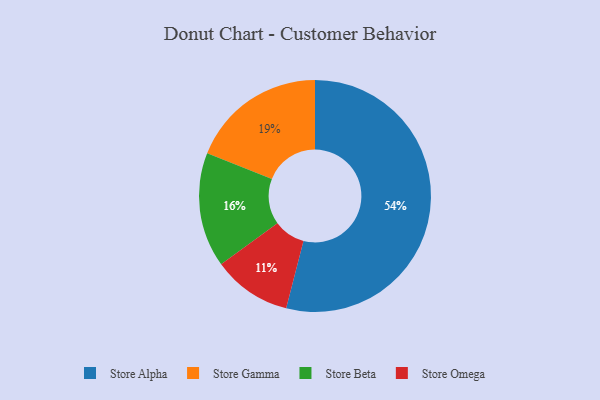
{"axis": {"x": "Category", "y": "Percentage"}, "legend": ["Store Alpha", "Store Beta", "Store Gamma", "Store Omega"], "data": [{"x": "Store Omega", "y": 11, "type": "Store Omega"}, {"x": "Store Alpha", "y": 54, "type": "Store Alpha"}, {"x": "Store Beta", "y": 16, "type": "Store Beta"}, {"x": "Store Gamma", "y": 19, "type": "Store Gamma"}]}